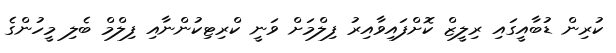
ކުރިން ޑުބާއީގައި ރިލީޒް ކޮށްފައިވާއިރު ފިލްމަށް ވަނީ ކްރިޓިކުންނާއި ފިލްމް ބެލި މީހުންގެ